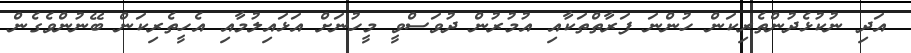
އަދި ނުކުޅެދުންތެރިކަން ހުންނަ ފަރާތްތަކާއި އުމުރުން ދުވަސްވީ މީހުނަށް އަޅައިލުމާއި އެހީތެރިކަން ބޭނުންވެގެން